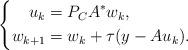
LaTeX: \begin{align*} \left\{ \begin{aligned} u_k &= P_C A^*w_k,\\ w_{k+1} &= w_k + \tau (y- Au_k). \end{aligned} \right.\end{align*}